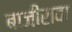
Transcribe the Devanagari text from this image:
बाजीरावा